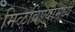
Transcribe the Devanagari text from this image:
मिळविण्यामध्ये